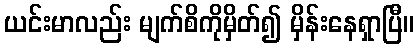
ယင်းမာလည်း မျက်စိကိုမှိတ်၍ မှိန်းနေရှာပြီ။